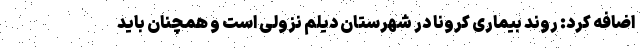
اضافه کرد: روند بیماری کرونا در شهرستان دیلم نزولی است و همچنان باید